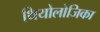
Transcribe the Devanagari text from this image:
थियोलोजिका